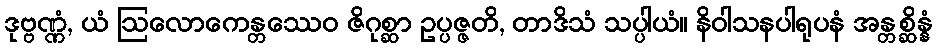
ဒုဗ္ဗဏ္ဏံ, ယံ ဩလောကေန္တဿေဝ ဇိဂုစ္ဆာ ဥပ္ပဇ္ဇတိ, တာဒိသံ သပ္ပါယံ။ နိဝါသနပါရုပနံ အန္တစ္ဆိန္နံ